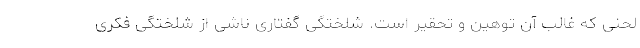
لحنی که غالب آن توهین و تحقیر است. شلختگی گفتاری ناشی از شلختگی فکری